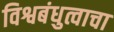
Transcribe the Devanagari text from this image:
विश्वबंधुत्वाचा